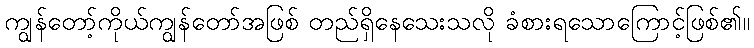
ကျွန်တော့်ကိုယ်ကျွန်တော်အဖြစ် တည်ရှိနေသေးသလို ခံစားရသောကြောင့်ဖြစ်၏။